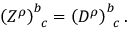
\left( Z ^ { \rho } \right) _ { \; \; c } ^ { b } = \left( D ^ { \rho } \right) _ { \; \; c } ^ { b } .